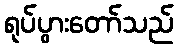
ရုပ်ပွားတော်သည်